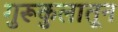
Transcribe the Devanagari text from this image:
गुरूकुलातून